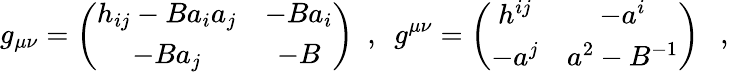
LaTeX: g_{\mu\nu}=\left(\begin{array}{cc}{{h_{ij}-Ba_{i}a_{j}}}&{{-Ba_{i}}}\\ {{-Ba_{j}}}&{{-B}}\end{array}\right)~~,~~g^{\mu\nu}=\left(\begin{array}{cc}{{h^{ij}}}&{{-a^{i}}}\\ {{-a^{j}}}&{{a^{2}-B^{-1}}}\end{array}\right)~~~,